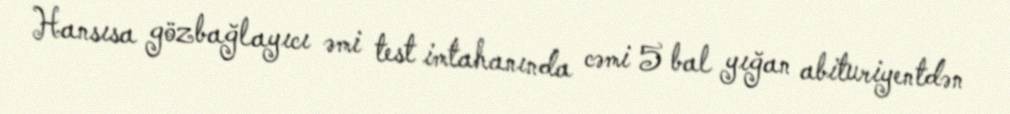
Hansısa gözbağlayıcı əmi test imtahanında cəmi 5 bal yığan abituriyentdən